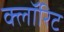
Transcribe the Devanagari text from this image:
क्लॉरिट